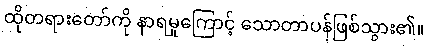
ထိုတရားတော်ကို နာရမှုကြောင့် သောတာပန်ဖြစ်သွား၏။